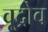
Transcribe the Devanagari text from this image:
वूद्रोव